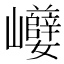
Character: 巕